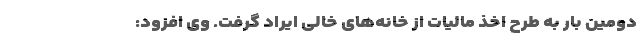
دومین بار به طرح اخذ مالیات از خانه‌های خالی ایراد گرفت. وی افزود: